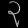
Digit: ၃